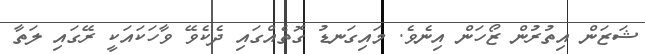
ޝަޒަން އިތުރުން ޒޯހަން އިނެވެ. މައިގަނޑު ގޮތެއްގައި ދެކެވޭ ވާހަކައަކީ ރޭގައި ލަތާ